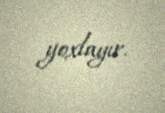
yoxlayır.